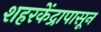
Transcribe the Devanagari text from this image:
शहरकेंद्रापासून